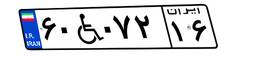
۸۴W۱۳۴۰۴